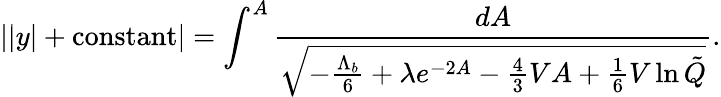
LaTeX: ||y|+\mathrm{constant}|=\int^{A}\frac{dA}{\sqrt{-\frac{\Lambda_{b}}{6}+\lambda e^{-2A}-\frac 43VA+\frac 16V\ln\tilde{Q}}}.